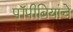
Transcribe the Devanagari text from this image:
पॉपीबियांचे